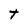
Character: t